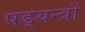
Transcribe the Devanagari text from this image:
षड़्यन्त्रों